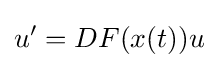
u^{\prime }=DF(x(t))u